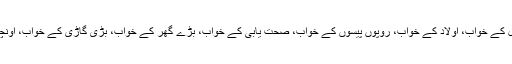
اچھے دنوں کے خواب، اچھی نوکری کے خواب، اچھے مستقبل کے خواب، اولاد کے خواب، روپوں پیسوں کے خواب، صحت یابی کے خواب، بڑے گھر کے خواب، بڑی گاڑی کے خواب، اونچے عہدے کے خواب، معاشرے میں عزت دار مقام کے خواب۔